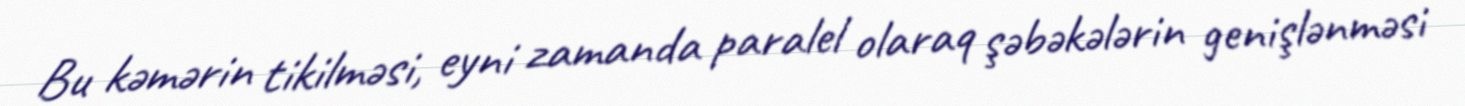
Bu kəmərin tikilməsi, eyni zamanda paralel olaraq şəbəkələrin genişlənməsi